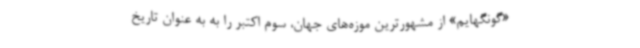
«گونگهایم» از مشهورترین موزه‌های جهان، سوم اکتبر را به به عنوان تاریخ